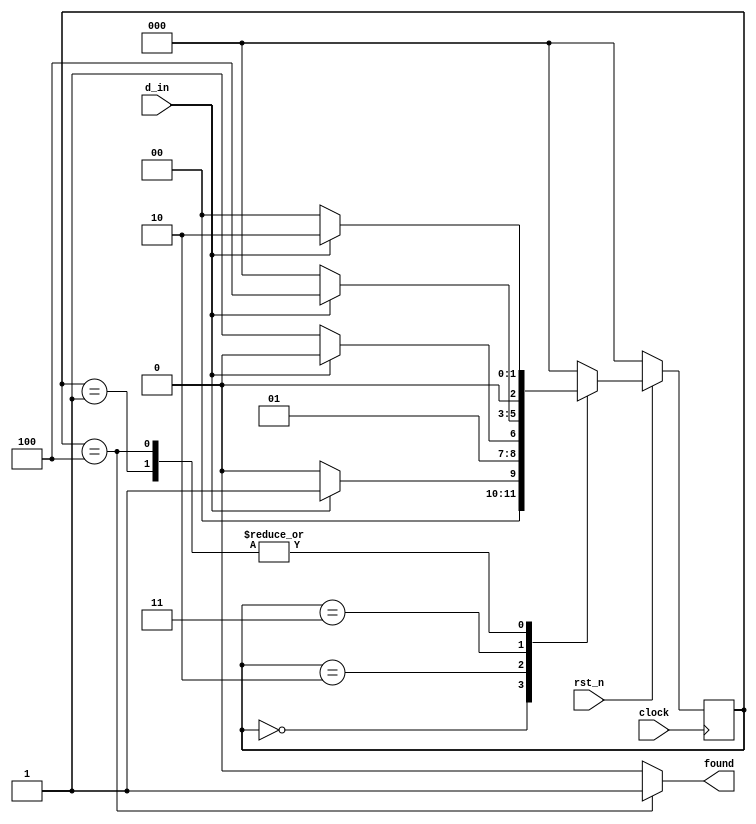
module lab6_seq_1101 (
  input clock, rst_n,
  input d_in,
  output reg found
);

  localparam INIT = 3'b000;
  localparam FIRST_ONE = 3'b001;
  localparam SECOND_ONE = 3'b010;
  localparam ZERO = 3'b011;
  localparam END = 3'b100;

  reg [2:0] cstate, nstate;

  always @( posedge clock )
    if( !rst_n )
      cstate <= INIT;
    else
      cstate <= nstate;

  always @* begin
    case( cstate )

      INIT : begin
          found = 0;
          nstate = d_in ? FIRST_ONE : INIT;
        end

      FIRST_ONE : begin
          found = 0;
          nstate = d_in ? SECOND_ONE : INIT;
        end

      SECOND_ONE : begin
          found = 0;
          nstate = d_in ? SECOND_ONE : ZERO;
        end

      ZERO : begin
          found = 0;
          nstate = d_in ? END : INIT;
        end

      END : begin
          found = 1;
          nstate = d_in ? SECOND_ONE : INIT;
        end

      default : begin
          found = 0;
          nstate = INIT;
        end
    endcase
  end

endmodule